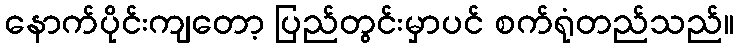
နောက်ပိုင်းကျတော့ ပြည်တွင်းမှာပင် စက်ရုံတည်သည်။